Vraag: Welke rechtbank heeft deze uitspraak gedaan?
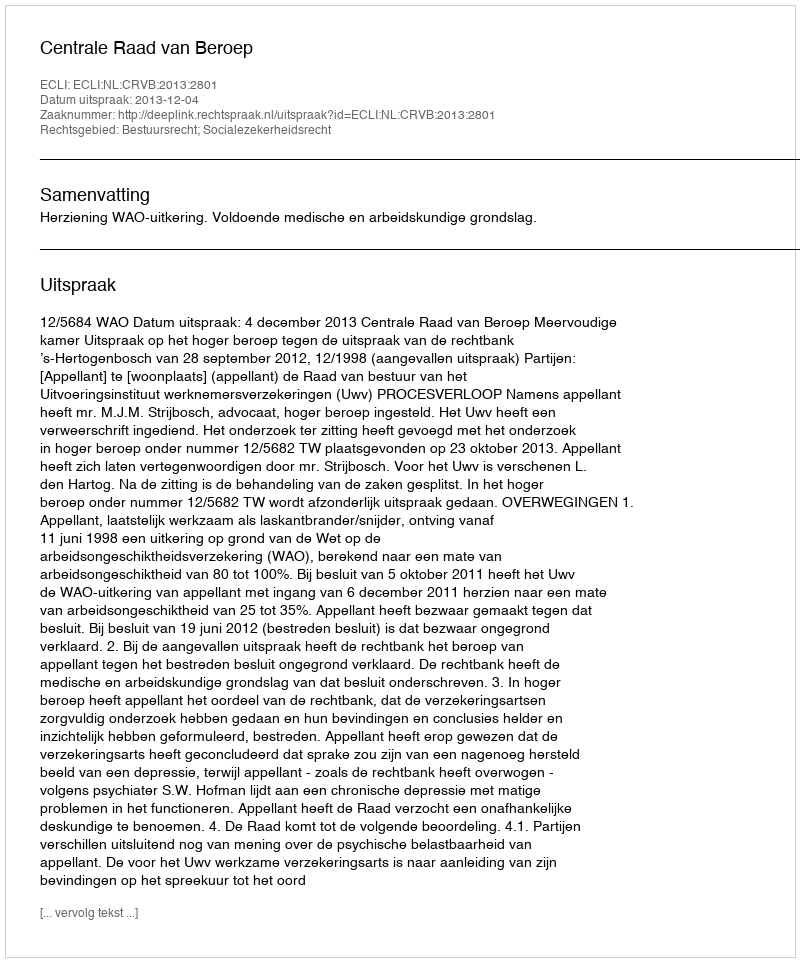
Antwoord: Centrale Raad van Beroep